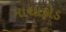
માથાફોડ